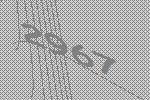
2967